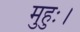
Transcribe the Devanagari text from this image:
मुहुः।